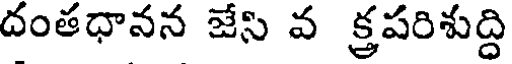
దంతధావన జేసి వ క్రపరిశుద్ధి